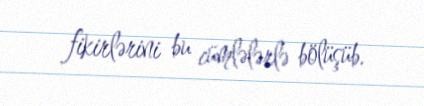
fikirlərini bu cümlələrlə bölüşüb.